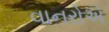
વાનરોએ